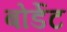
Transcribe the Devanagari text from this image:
बोर्डेट